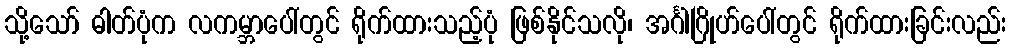
သို့သော် ဓါတ်ပုံက လကမ္ဘာပေါ်တွင် ရိုက်ထားသည့်ပုံ ဖြစ်နိုင်သလို၊ အင်္ဂါဂြိုဟ်ပေါ်တွင် ရိုက်ထားခြင်းလည်း